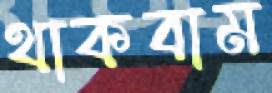
থাকবাম